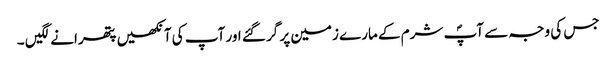
جس کی وجہ سے آپؐ شرم کے مارے زمین پر گر گئے اور آپ کی آنکھیں پتھرانے لگیں ۔